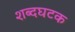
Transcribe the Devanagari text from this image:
शब्दघटक